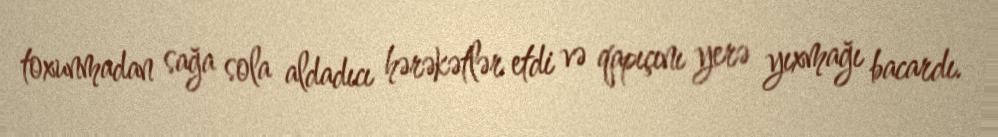
toxunmadan sağa sola aldadıcı hərəkətlər etdi və qapıçını yerə yıxmağı bacardı.